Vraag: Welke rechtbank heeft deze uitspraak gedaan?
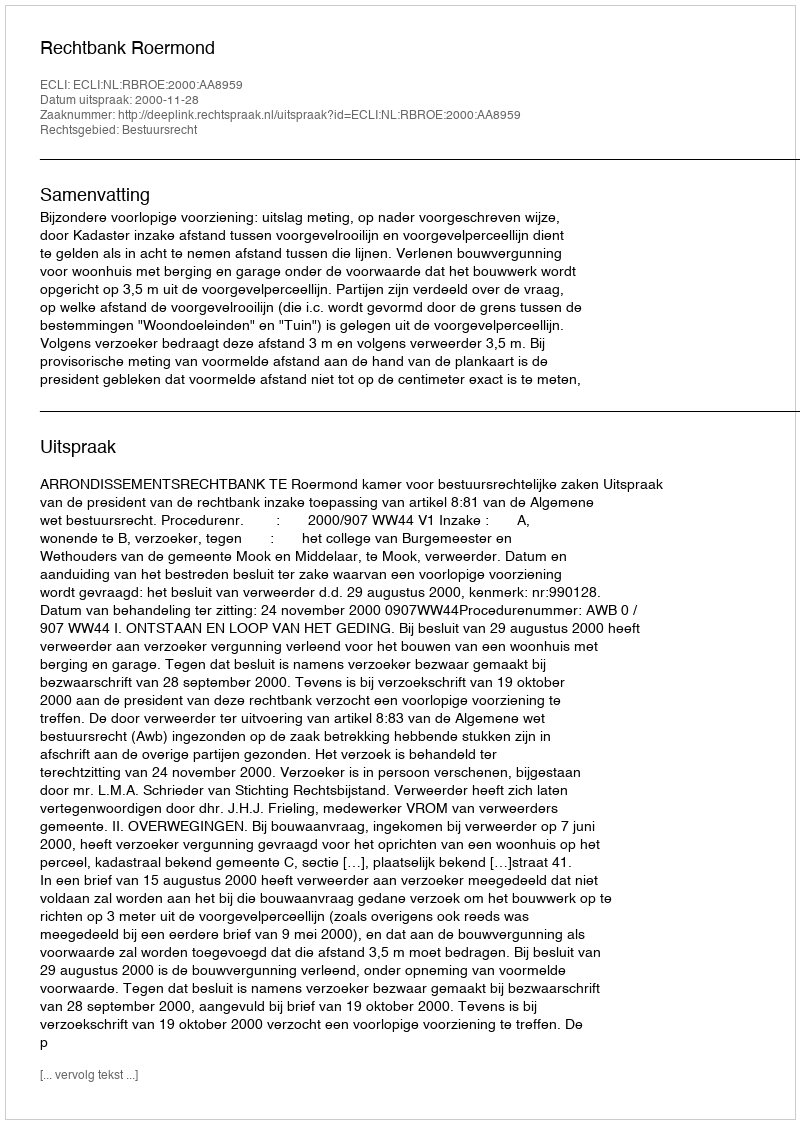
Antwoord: Rechtbank Roermond